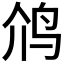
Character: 𮭡